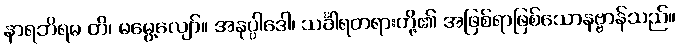
နာရဘိရမ တိ၊ မမွေ့လျော်။ အနုပ္ပါဒေါ၊ သင်္ခါရတရားတို့၏ အဖြစ်ရာဖြစ်သောနဗ္ဗာန်သည်။